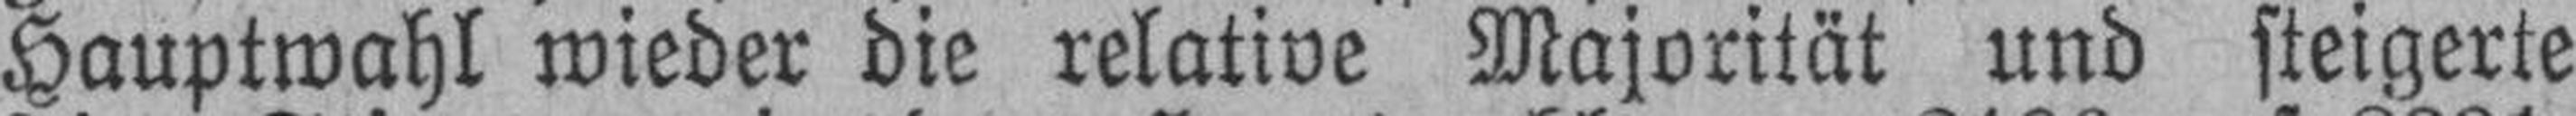
Hauptwahl wieder die relative Majorität und steigerte